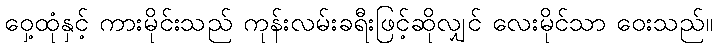
ဝှေ့ထုံနှင့် ကားမိုင်းသည် ကုန်းလမ်းခရီးဖြင့်ဆိုလျှင် လေးမိုင်သာ ဝေးသည်။